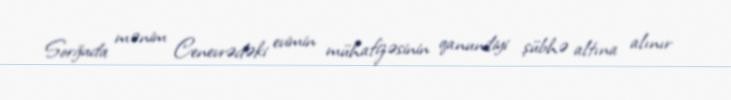
Sorğuda mənim Cenevrədəki evimin mühafizəsinin qanuniliyi şübhə altına alınır